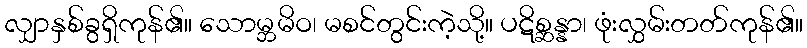
လျှာနှစ်ခွရှိကုန်၏။ သောမ္ဘမိဝ၊ မစင်တွင်းကဲ့သို့။ ပဋိစ္ဆန္နာ၊ ဖုံးလွှမ်းတတ်ကုန်၏။